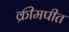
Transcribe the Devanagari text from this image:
क्रीमपीत